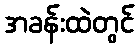
အခန်းထဲတွင်